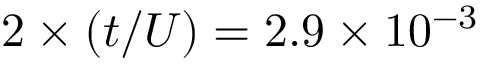
2 \times ( t / U ) = 2 . 9 \times 1 0 ^ { - 3 }